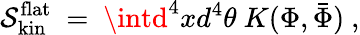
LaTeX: \mathcal{S}_{\mathrm{{kin}}}^{\mathrm{{flat}}}\ =\ \intd^{4}xd^{4}\theta\ K(\Phi,\bar{{\Phi}})\ ,